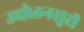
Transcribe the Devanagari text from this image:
उद्योतनसुरी